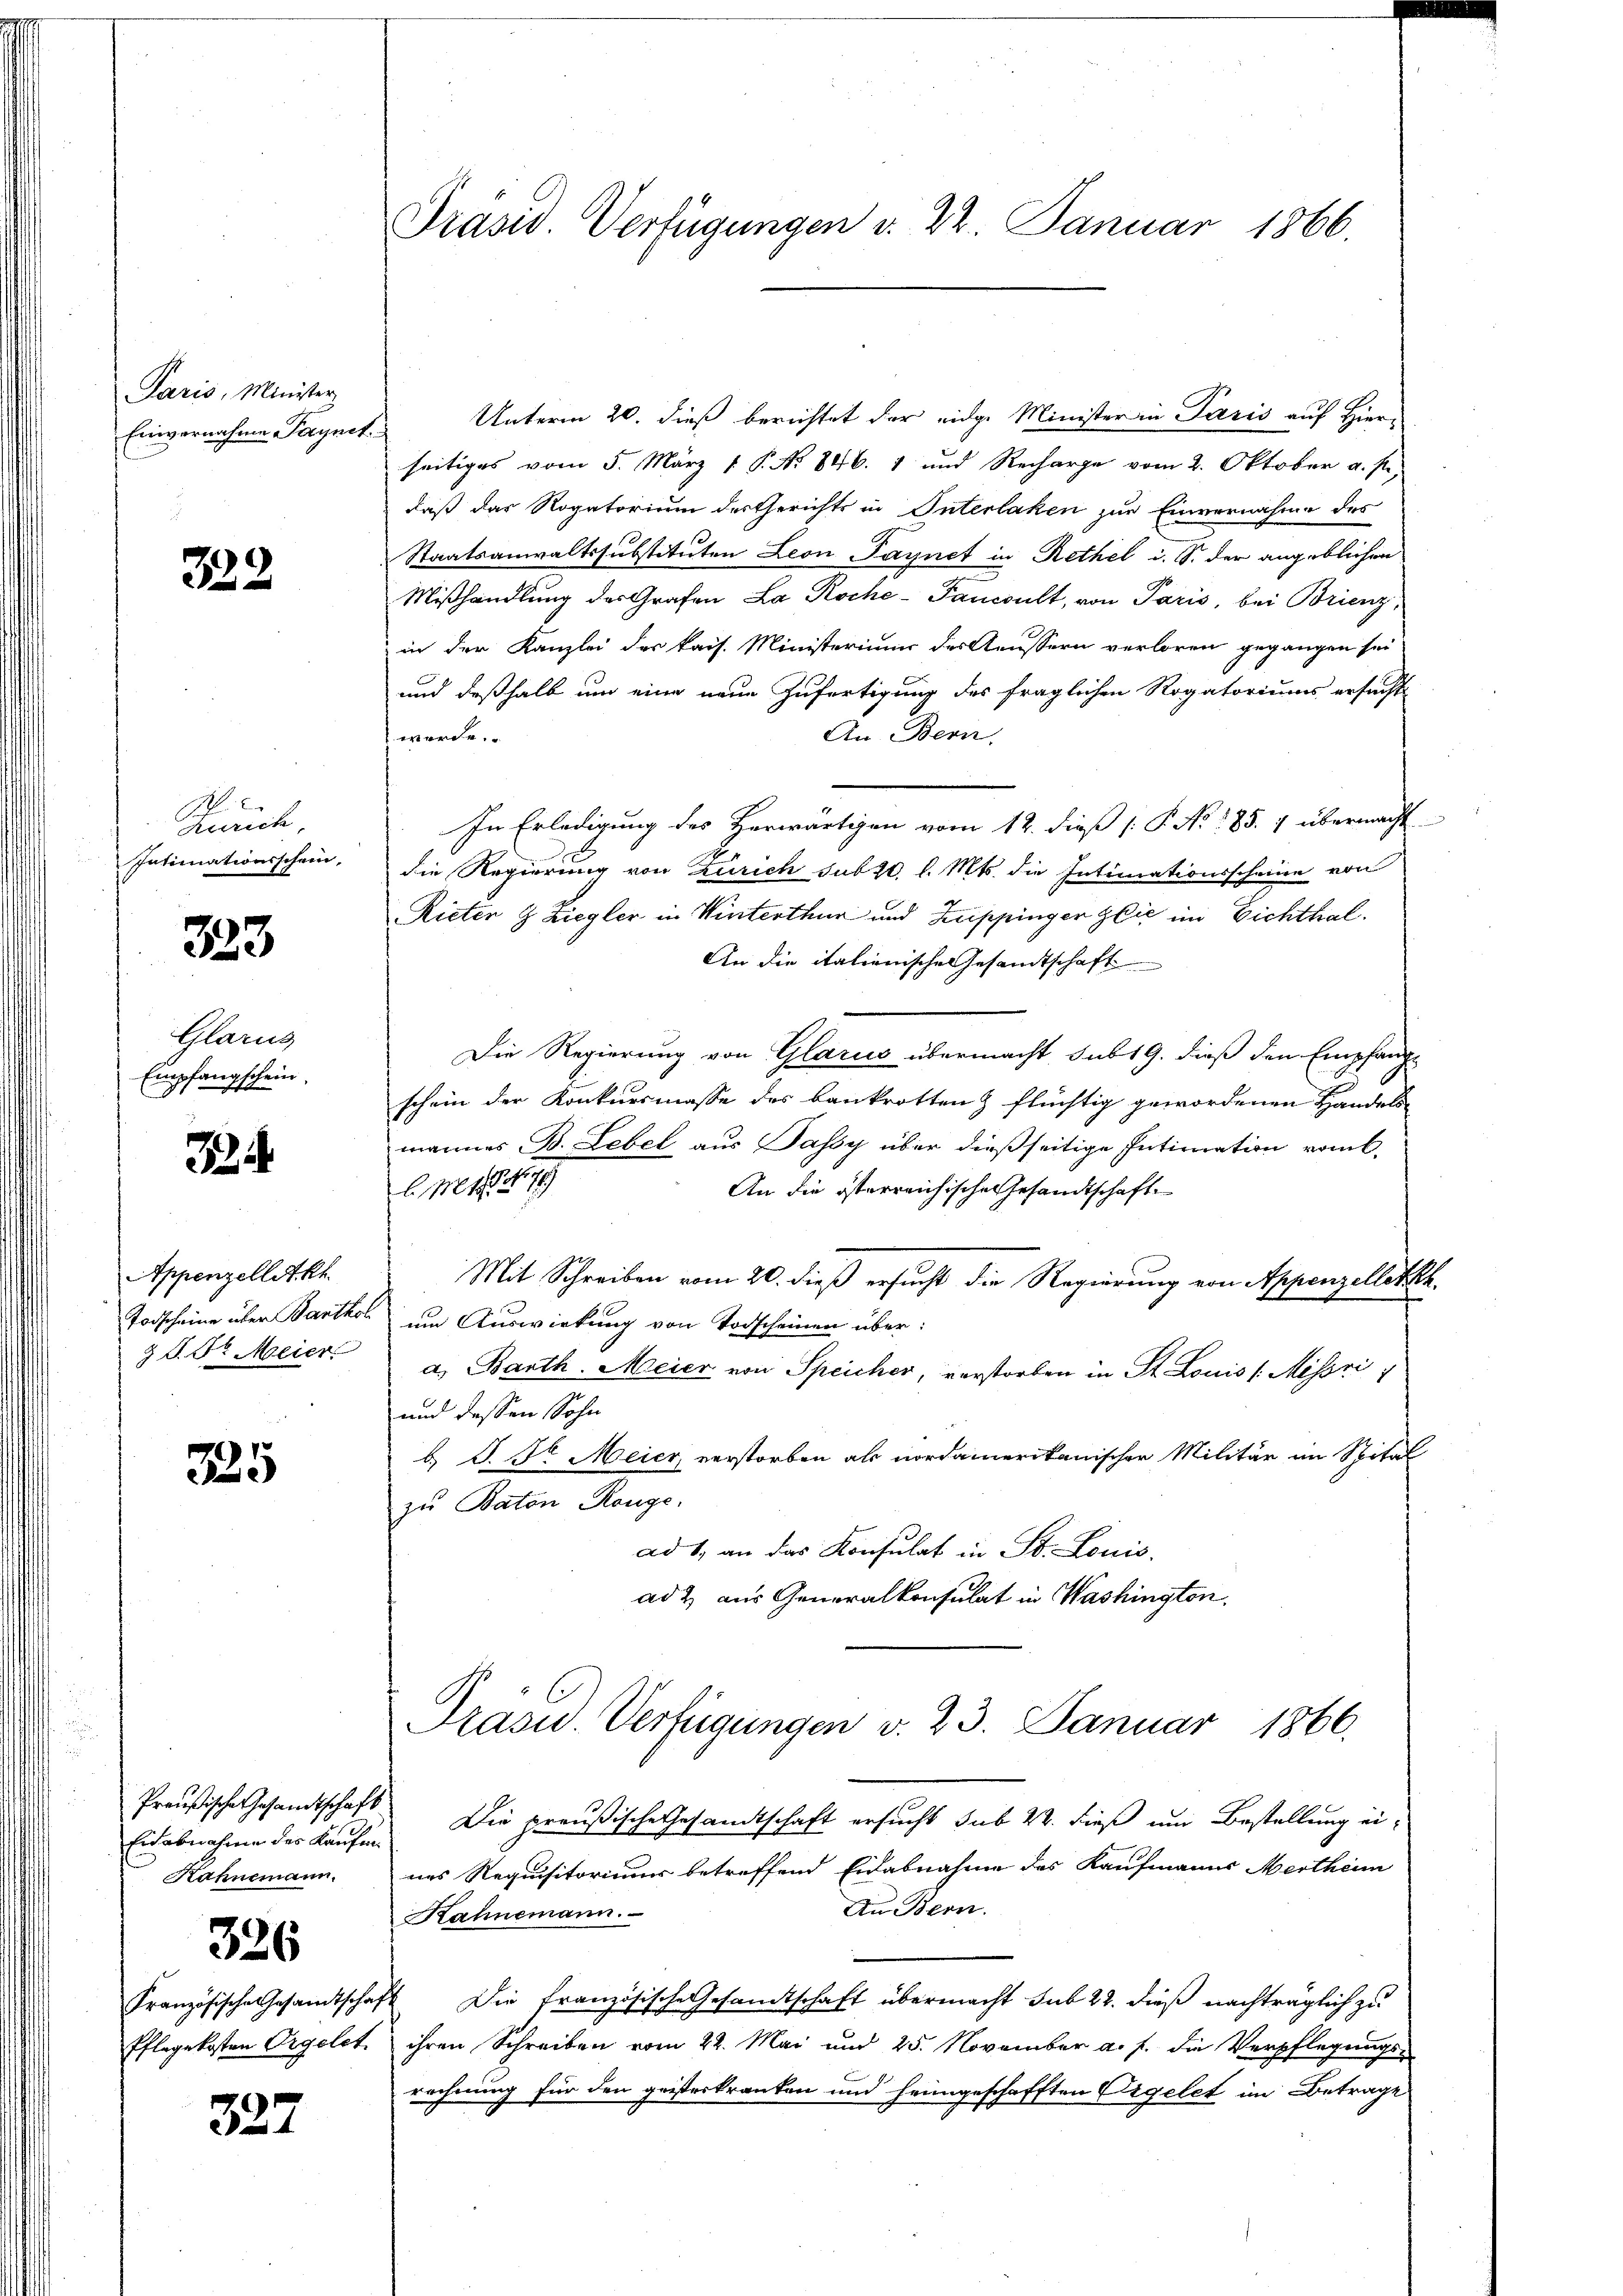
Paris, Minister
Einvernahme Paynet

322

A
Rurich,
Intimationsschein,

323.

Glarus
Empfangschein.

3 i

Appenzellit k
Todscheine über Banthol
3 R. Dr. Meier

225

Eidabnahme des Kaufen
Kahnemann.

326

Pflegekosten Orgelet

327

Präsid. Verfügungen d. 22. Januar 1866.

Unterm 20. dieß berichtet der eidg. Minister in Paris auf Hier-
seitiges vom 5. März 1 P. No 846. 1 und Recharge vom 2. Oktober a. s.
daß das Rogatorium der Gerichts in Interlaken zur Einvernahme des
Staatsanwaltssubstituten Leon Tagnet in Rethel i. S. der angeblichen
Mißhandlung des Grafen La Roche-Tancult, von Paris, bei Brienz,
in der Kanzlei der kais. Ministeriums des Aeussern verloren gegangen sei
und deßhalb um eine neue Zufertigung des fraglichen Rogatoriums ersucht
An Bern,
werde.
In Erledigung des Herwärtigen vom 12. dieß P. No. 185. 1 übermacht
die Regierung von Zürich sub 20. l. Mts. die Intimationsscheine von
Rieter & Ziegler in Winterthur und Zuppinger Glić im Eichthal.
An die italienische Gesandtschaft
Die Regierung von Glarus übermacht, sub 19. dieß den Empfang
schein der Konkursmasse des Bankrotten & flüchtig gewordenen Handels
mannes B. Lebel aus Jassy über dießseitige Intimation vom
EM 189
An die österreichische Gesandtschaft
Mit Schreiben vom 20. dieß ersucht die Regierung von Appenzellett
um Auswirkung von Todscheinen über:
a. Barth. Meier von Speicher, verstorben in St. Louis /: Misssi
und dessen Sohn
b. S. Sr. Meier, verstorben als nordamerikanischer Militär im Spital
zu Baton Range.
ad 1., an das Konsulat in St. Louis.
ad 2, aus Generalkonsulat in Washington,

Präsid.. Verfügungen v. 23. Januar 1866.

Preußische Gesandtschaft. Die preußische Gesamtschaft ersucht sub 22. dieß um Bestellung eines Requisitoriuum betreffend Eidabnahme des Kaufmanns Mertheim
Au Bern.
Kahnemann.
Französische Gesamtschaft die französische Gesandtschaft übermacht sub 22. dieß nachträglich zu
ihren Schreiben vom 22. Mai und 25. November a. f. die Verpflegungsrechnung für den geisterkranken und heimgeschafften Orgelet im Betrage